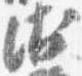
衛